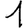
Digit: 1